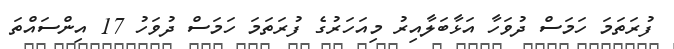
ފުރަތަމަ ހަމަސް ދުވަހާ އަޅާބަލާއިރު މިއަހަރުގެ ފުރަތަމަ ހަމަސް ދުވަހު 17 އިންސައްތަ